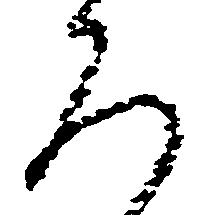
ろ